Vaccination Hyderabad 1890-1903 - 1890-1903
Year: 1890
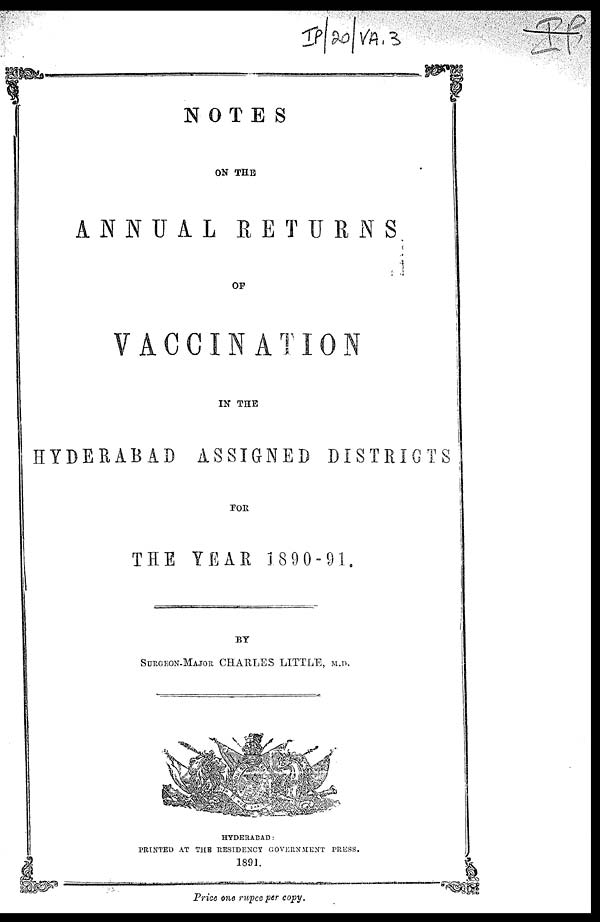
NOTES
ON THE
ANNUAL
RETURNS
OF
VACCINATION
IN THE
HYDERABAD ASSIGNED DISTRICTS
FOR
THE YEAR 1890-91.
BY
SURGEON-MAJOR CHARLES LITTLE, M.D.
HYDERABAD:
PRINTED AT THE RESIDENCY GOVERNMENT PRESS.
1891.
Price one rupee per copy.